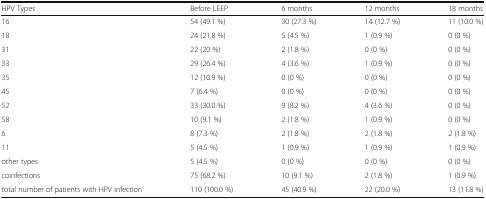
| HPV Types | Before LEEP | 6 months | 12 months | 18 months |
 | --- | --- | --- | --- | --- |
 | 16 | 54 (49.1 %) | 30 (27.3 %) | 14 (12.7 %) | 11 (10.0 %) |
 | 18 | 24 (21.8 %) | 5 (4.5 %) | 1 (0.9 %) | 0 (0 %) |
 | 31 | 22 (20 %) | 2 (1.8 %) | 0 (0 %) | 0 (0 %) |
 | 33 | 29 (26.4 %) | 4 (3.6 %) | 1 (0.9 %) | 0 (0 %) |
 | 35 | 12 (10.9 %) | 0 (0 %) | 0 (0 %) | 0 (0 %) |
 | 45 | 7 (6.4 %) | 0 (0 %) | 0 (0 %) | 0 (0 %) |
 | 52 | 33 (30.0 %) | 9 (8.2 %) | 4 (3.6 %) | 0 (0 %) |
 | 58 | 10 (9.1 %) | 2 (1.8 %) | 1 (0.9 %) | 0 (0 %) |
 | 6 | 8 (7.3 %) | 2 (1.8 %) | 2 (1.8 %) | 2 (1.8 %) |
 | 11 | 5 (4.5 %) | 1 (0.9 %) | 1 (0.9 %) | 1 (0.9 %) |
 | other types | 5 (4.5 %) | 0 (0 %) | 0 (0 %) | 0 (0 %) |
 | coinfections | 75 (68.2 %) | 10 (9.1 %) | 2 (1.8 %) | 1 (0.9 %) |
 | total number of patients with HPV infection | 110 (100.0 %) | 45 (40.9 %) | 22 (20.0 %) | 13 (11.8 %) |